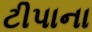
ટીપાના